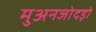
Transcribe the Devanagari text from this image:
मुअनजोदड़ो